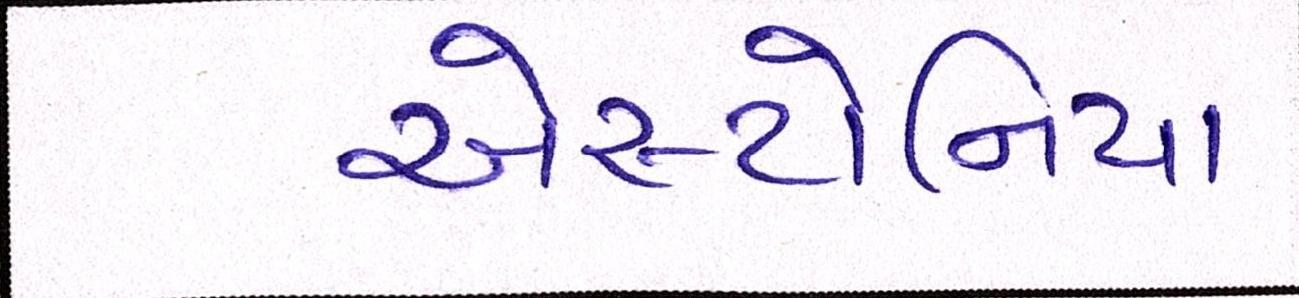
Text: એસ્ટોનિયા